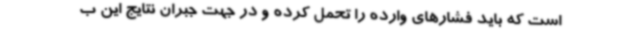
است که باید فشارهای وارده را تحمل کرده و در جهت جبران نتایج این ب